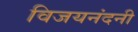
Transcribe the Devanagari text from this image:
विजयनंदनी